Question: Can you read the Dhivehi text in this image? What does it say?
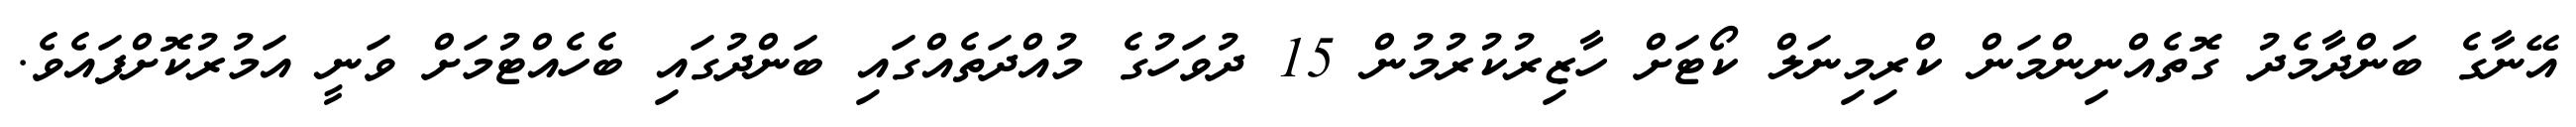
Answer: އޭނާގެ ބަންދާމެދު ގޮތެއްނިންމަން ކްރިމިނަލް ކޯޓަށް ހާޒިރުކުރުމުން 15 ދުވަހުގެ މުއްދަތެއްގައި ބަންދުގައި ބެހެއްޓުމަށް ވަނީ އަމުރުކޮށްފައެވެ.